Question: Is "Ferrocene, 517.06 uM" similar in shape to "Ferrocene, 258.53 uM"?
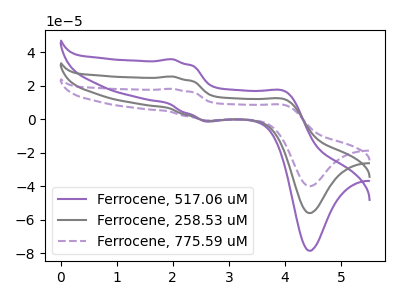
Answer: <think>The purple curve "Ferrocene, 517.06 uM" has anodic peaks at (2.00V, 35.90uA) (4.00V, 16.55uA) and cathodic peaks at (2.60V, -1.30uA) (4.45V, -78.45uA). The gray curve "Ferrocene, 258.53 uM" has anodic peaks at (2.00V, 25.60uA) (4.00V, 11.80uA) and cathodic peaks at (2.60V, -0.90uA) (4.45V, -55.95uA). The purple dashed curve "Ferrocene, 775.59 uM" has anodic peaks at (2.00V, 51.25uA) (4.00V, 23.60uA) and cathodic peaks at (2.60V, -1.85uA) (4.45V, -111.90uA).
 All the peaks in "Ferrocene, 517.06 uM" have a peak in "Ferrocene, 258.53 uM" at the same potential. Every peak in "Ferrocene, 517.06 uM" is higher than every peak in "Ferrocene, 258.53 uM".</think>
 <answer>"Ferrocene, 517.06 uM" and "Ferrocene, 258.53 uM" are similar in shape.</answer>
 <eval>same_shape</eval>